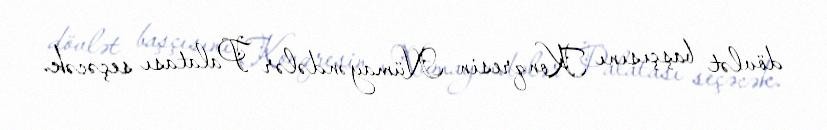
dövlət başçısını Konqresin Nümayəndələr Palatası seçəcək.